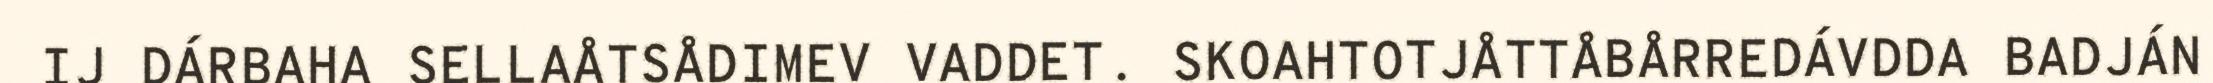
IJ DÁRBAHA SELLAÅTSÅDIMEV VADDET. SKOAHTOTJÅTTÅBÅRREDÁVDDA BADJÁN